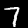
Label: 7